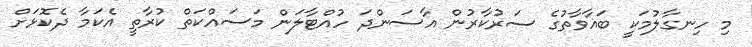
މި ހިނގާލުމަކީ ބަޣާވާތުގެ ސަރުކާރުން އާސަންދަ ހުއްޓާލަން މަސައްކަތް ކުރާތީ އެކަމާ ދެކޮޅަށް